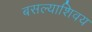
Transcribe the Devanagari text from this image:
बसल्याशिवय